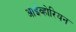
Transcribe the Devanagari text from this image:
आईव्होरियन